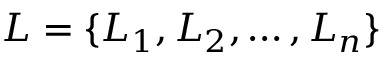
{ \cal L } = \{ L _ { 1 } , L _ { 2 } , \ldots , L _ { n } \}